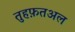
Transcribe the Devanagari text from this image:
तुहफ़तअल